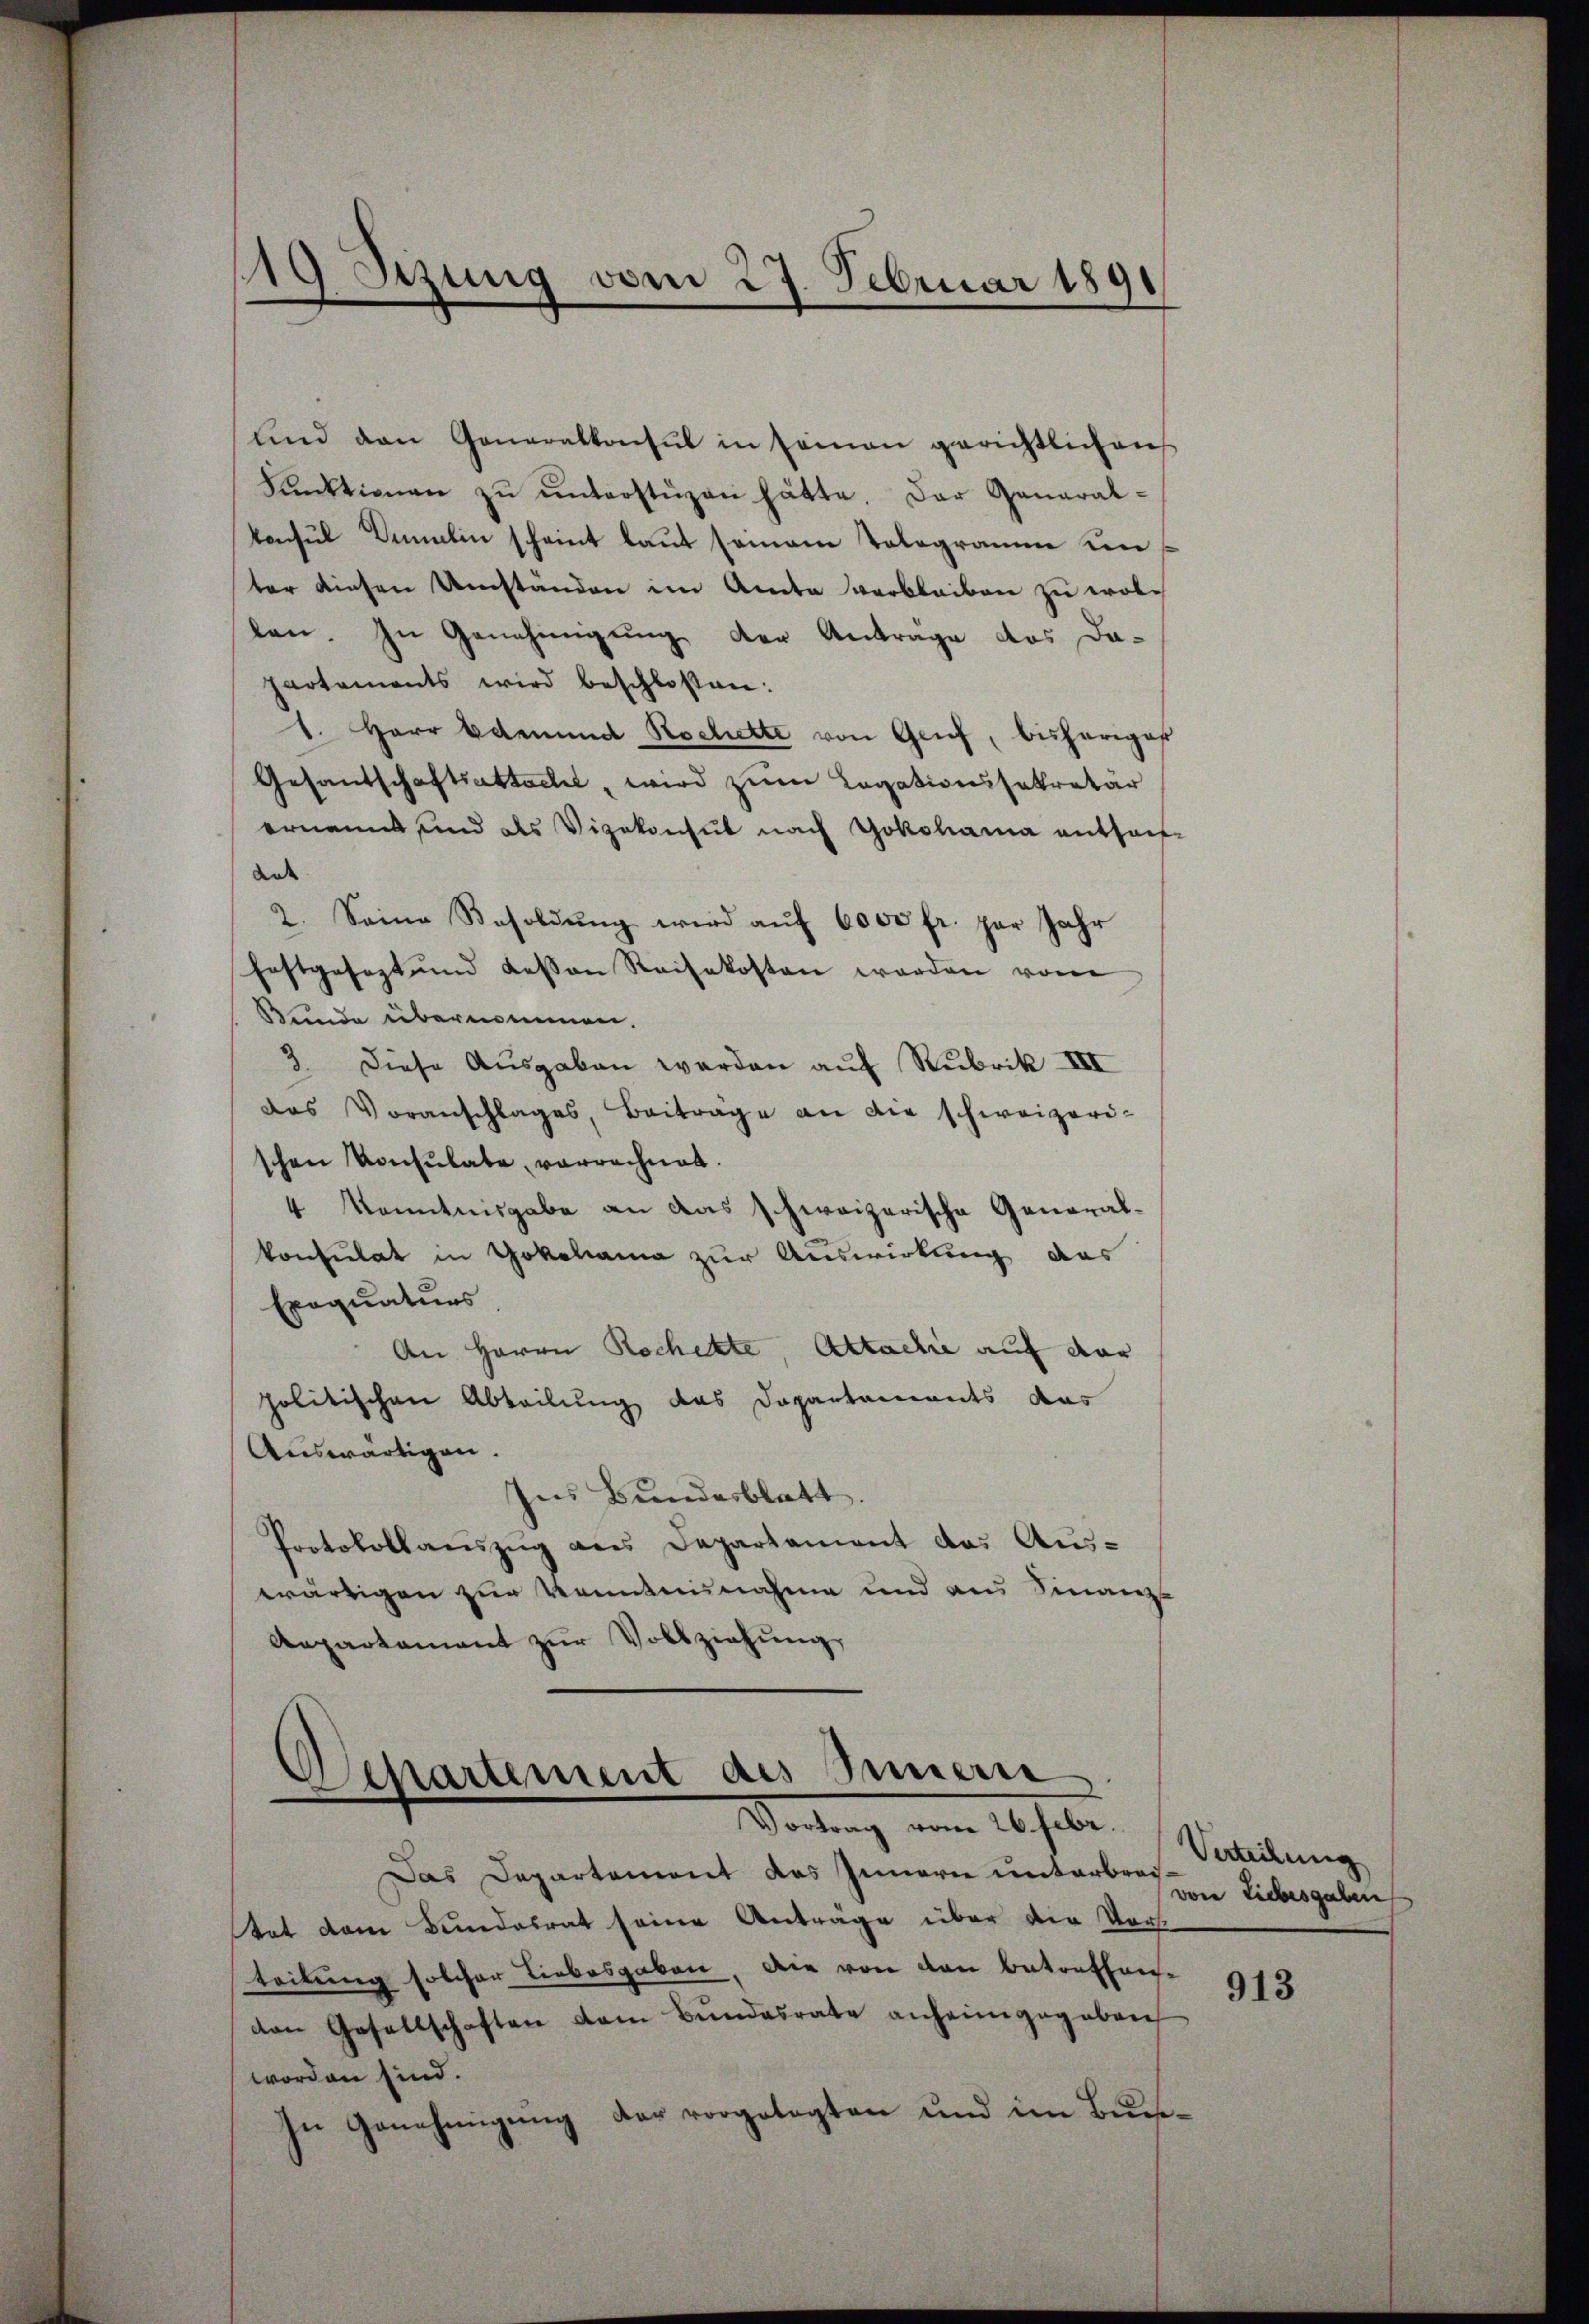
19 Etzung vom 27. Februar 1891

und den Generalkonsul in seinen gerichtlichen
Funktionen zŭ ŭnterstüzen hätte. Das Ganaralkonsul Simelin scheint laut seinem Tologramm un
ter diesen Umständen im Amte verbleiben zu wollen. In Genehmigung der Antrage das Da-
hartements wird beschlossen:
1. Herr Edmund Rochette von Genf, bisheriges
Gesandschaftsattacht, wird zum Legationssekretär
ernannt und des Vizekonsul nach Sokohama entsan
ande
2. Seine Besoldŭng wird aŭf 6000 fr. par Jahr
festgesezt und dessen Reisekosten worden von
Bunde übernommen.
3 diese Ausgaben werden auf Rubrik III
das Voranschlages, Beiträge an die schweizeri-
schen Konsulate vorrechnet.
4 Kenntnisgabe an das schweizerische Generalkonsulat in Yokohama zur Auswirkung das
Exequaturs
An Herrn Rechekte Attache auf der
politischen Abteilung das Departements das
Auswärtigen.
Ins Bundesblatt.
Protokollaŭszŭg ans Departament das Aŭs-
wärtigen zur Kenntnunahme und aus Finanz-
Aepartamant zŭr Vollziehŭng

Separtement des Innern
Vortung vom 16. sel.

Das Departement das Innern unterbreitat dem Bundesrat seine Anträge über die Vorsteilung solcher Liebesgaben, die von den Betreffenvon Gesellschaften dem Bundesrate anheimgegeben
worden sind.
In Genehmigung der vorgelegten und im Buch¬

Verteilung
von Liebesgaben

913